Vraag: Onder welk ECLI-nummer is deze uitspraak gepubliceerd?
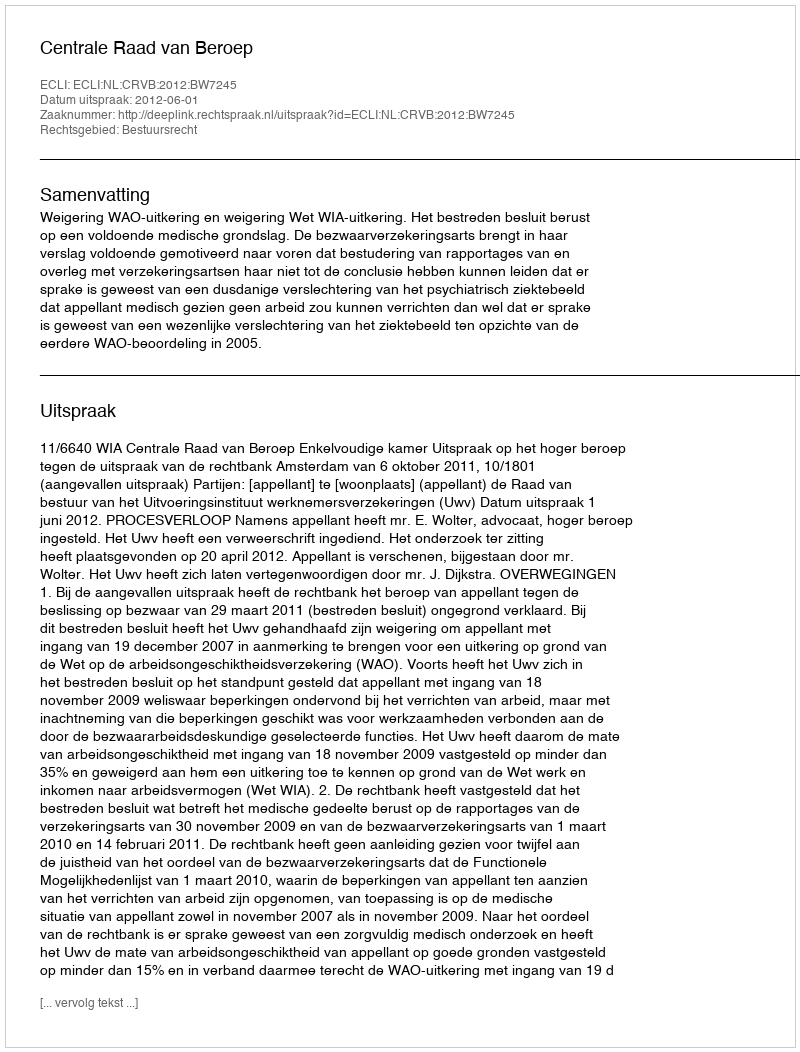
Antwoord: ECLI:NL:CRVB:2012:BW7245